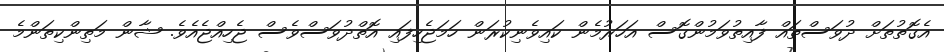
އެގޮތުތަށް ދުވަސްތައް ފާއިތުވަމުންގޮސް އަހަރުމެން ކައިވެނިކުރަން ހަމަޖެހިފައި އޮތްދުވަސްވެސް ޖެހިއްޖެއެވެ. ޝާން މަތިންކިތަންމެ